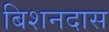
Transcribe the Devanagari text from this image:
बिशनदास